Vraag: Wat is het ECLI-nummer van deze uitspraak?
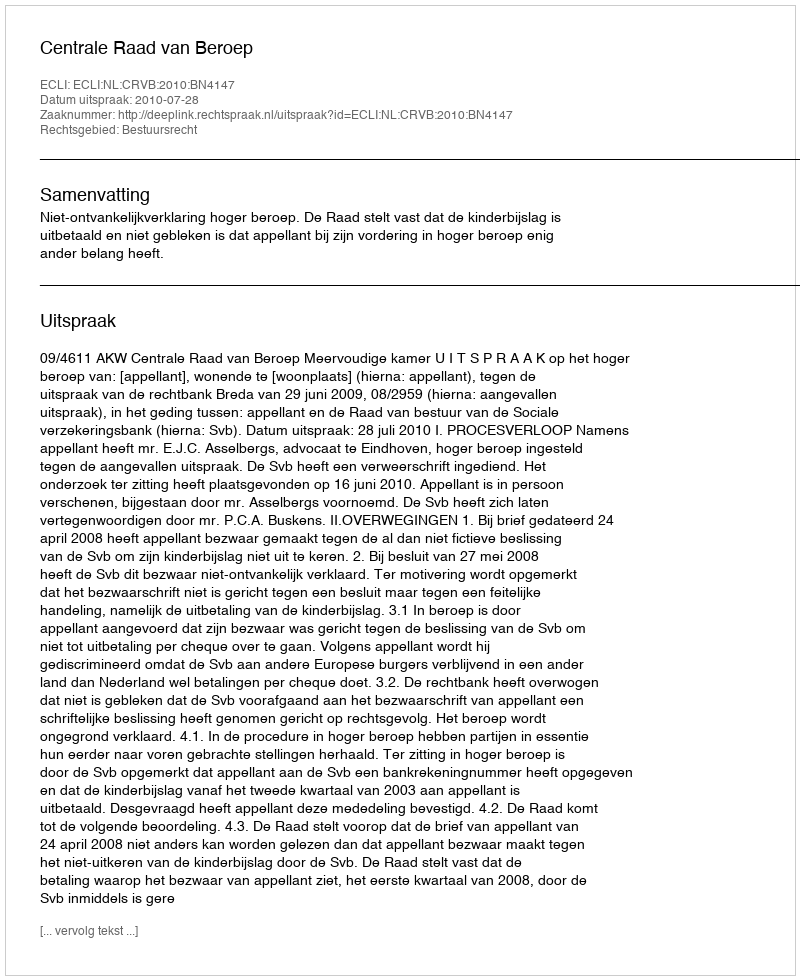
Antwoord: ECLI:NL:CRVB:2010:BN4147